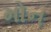
મોન